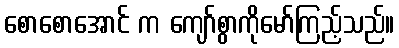
စောစောအောင် က ကျော်စွာကိုမော်ကြည့်သည်။